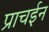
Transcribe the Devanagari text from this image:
प्राचईन